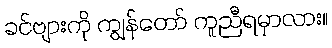
ခင်ဗျားကို ကျွန်တော် ကူညီရမှာလား။